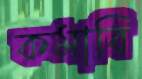
কমাবি